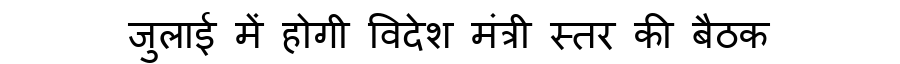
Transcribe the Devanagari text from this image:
जुलाई में होगी विदेश मंत्री स्तर की बैठक